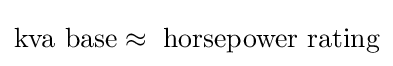
{\text{kva base}}\approx {\text{ horsepower rating}}